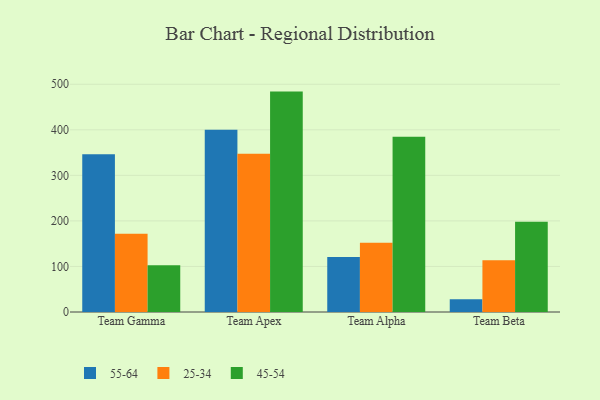
{"axis": {"x": "Team", "y": "Tickets Resolved"}, "legend": ["25-34", "45-54", "55-64"], "data": [{"x": "Team Gamma", "y": 346.5, "type": "55-64"}, {"x": "Team Gamma", "y": 171.6, "type": "25-34"}, {"x": "Team Gamma", "y": 102.5, "type": "45-54"}, {"x": "Team Apex", "y": 399.9, "type": "55-64"}, {"x": "Team Apex", "y": 347.5, "type": "25-34"}, {"x": "Team Apex", "y": 483.9, "type": "45-54"}, {"x": "Team Alpha", "y": 120.7, "type": "55-64"}, {"x": "Team Alpha", "y": 152.2, "type": "25-34"}, {"x": "Team Alpha", "y": 385.0, "type": "45-54"}, {"x": "Team Beta", "y": 28.1, "type": "55-64"}, {"x": "Team Beta", "y": 113.4, "type": "25-34"}, {"x": "Team Beta", "y": 198.3, "type": "45-54"}]}